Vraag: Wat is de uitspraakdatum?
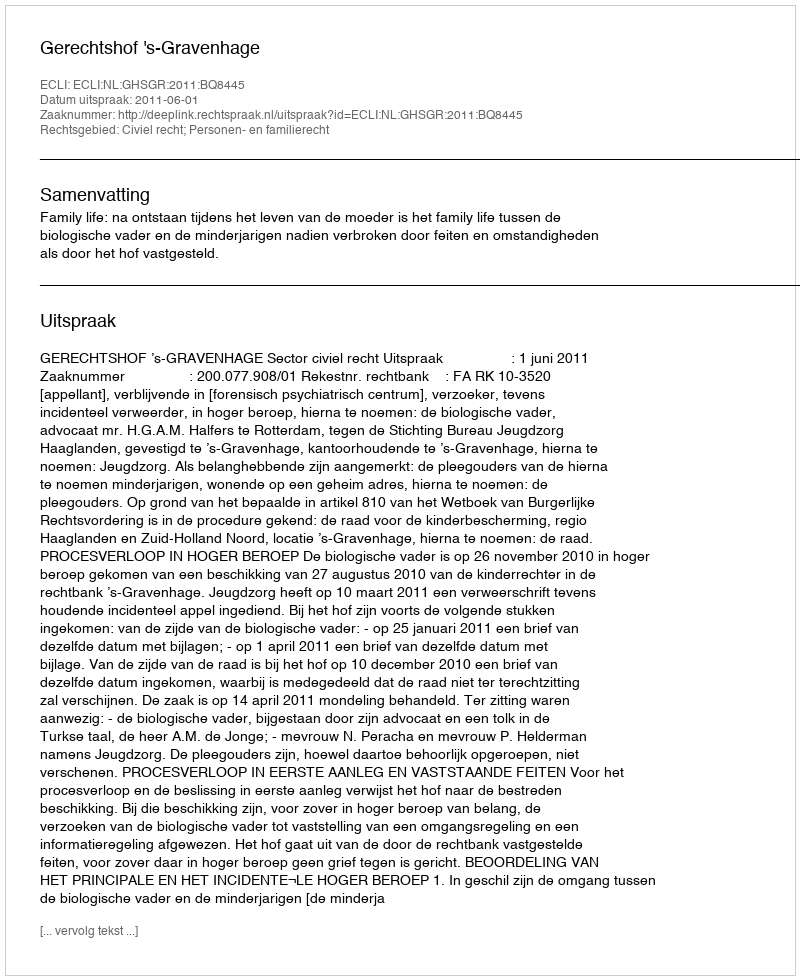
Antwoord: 2011-06-01